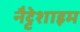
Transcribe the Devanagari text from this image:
नैट्टेशाइम